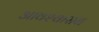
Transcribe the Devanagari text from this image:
आवश्‍वासन